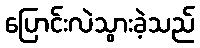
ပြောင်းလဲသွားခဲ့သည်